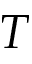
T